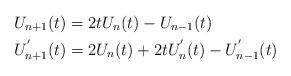
LaTeX: \begin{align*}U_{n+1}(t) & =2tU_{n}(t)-U_{n-1}(t)\\U_{n+1}^{^{\prime}}(t) & =2U_{n}(t)+2tU_{n}^{^{\prime}}(t)-U_{n-1}^{^{\prime}}(t)\end{align*}